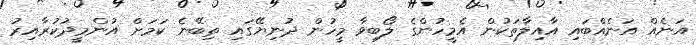
އަނެއް އަނެއްބައި އާއިލާތަކުން އެމީހުންގެ ލޯބިވާ މީހުން ދުނިޔޭގައި ތިބޭނެ ކަމަށް އުންމީދުކުރާއިރު